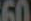
60